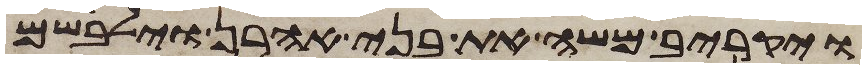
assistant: ויקריב משה את בני אהרן וילבשם